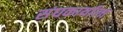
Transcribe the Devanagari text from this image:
संघकार्याला